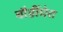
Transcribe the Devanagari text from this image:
बौर्डीघेरा